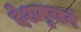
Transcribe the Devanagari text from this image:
देशमुखने